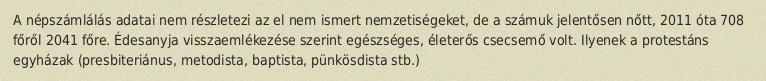
A népszámlálás adatai nem részletezi az el nem ismert nemzetiségeket, de a számuk jelentősen nőtt, 2011 óta 708 főről 2041 főre. Édesanyja visszaemlékezése szerint egészséges, életerős csecsemő volt. Ilyenek a protestáns egyházak (presbiteriánus, metodista, baptista, pünkösdista stb.)